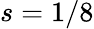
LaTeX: s=1/8